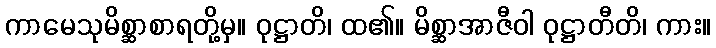
ကာမေသုမိစ္ဆာစာရတို့မှ။ ဝုဋ္ဌာတိ၊ ထ၏။ မိစ္ဆာအာဇီဝါ ဝုဋ္ဌာတီတိ၊ ကား။